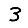
Digit: 3